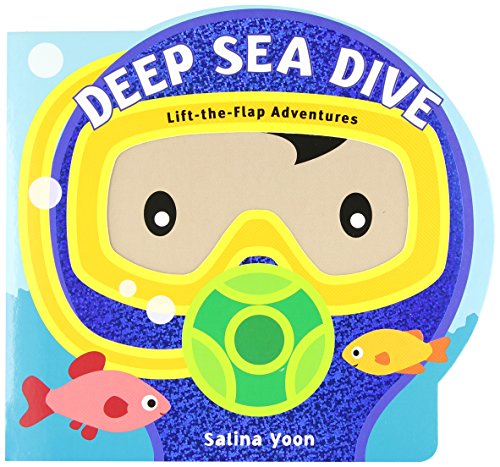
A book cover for Deep Sea Dive (Lift-the-Flap Adventures); Salina Yoon; Children's Books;